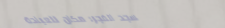
مسجد الفجر: مكان للعبادة